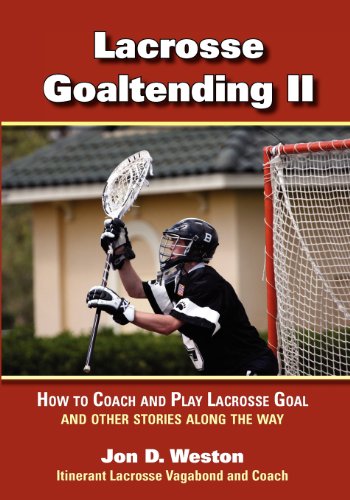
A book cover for Lacrosse Goaltending II; Jon Weston; Sports & Outdoors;